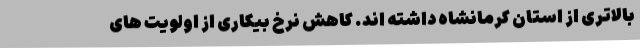
بالاتری از استان کرمانشاه داشته اند. کاهش نرخ بیکاری از اولویت های